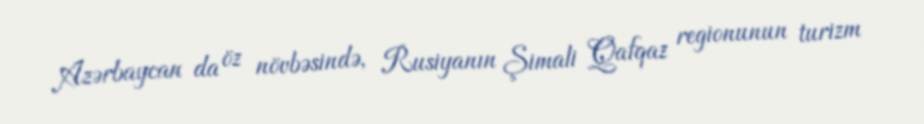
Azərbaycan da öz növbəsində, Rusiyanın Şimali Qafqaz regionunun turizm